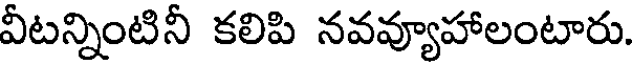
వీటన్నింటినీ కలిపి నవవ్యూహాలంటారు.